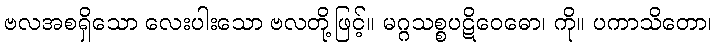
ဗလအစရှိသော လေးပါးသော ဗလတို့ဖြင့်။ မဂ္ဂသစ္စပဋိဝေဓော၊ ကို။ ပကာသိတော၊